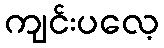
ကျင်းပလေ့